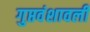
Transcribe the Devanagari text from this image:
गुप्तवंशावली